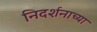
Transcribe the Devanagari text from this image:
निदर्शनाच्या